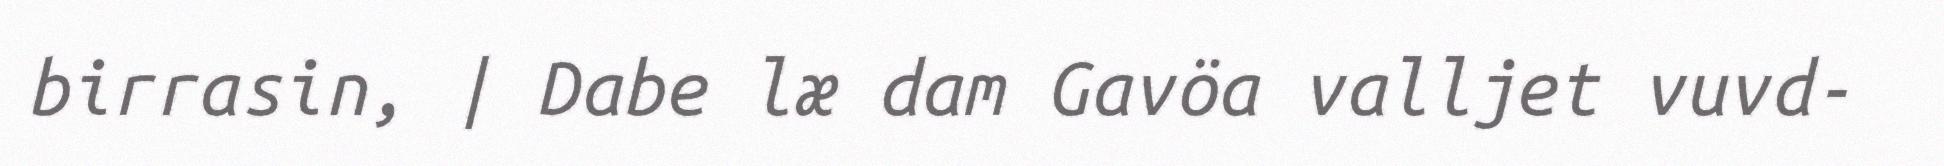
birrasin, | Dabe læ dam Gavöa valljet vuvd-